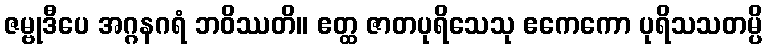
ဇမ္ဗုဒီပေ အဂ္ဂနဂရံ ဘဝိဿတိ။ ဧတ္ထ ဇာတပုရိသေသု ဧကေကော ပုရိသသတမ္ပိ